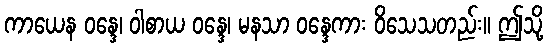
ကာယေန ဝန္ဒေ၊ ဝါစာယ ဝန္ဒေ၊ မနသာ ဝန္ဒေကား ဝိသေသတည်း။ ဤသို့